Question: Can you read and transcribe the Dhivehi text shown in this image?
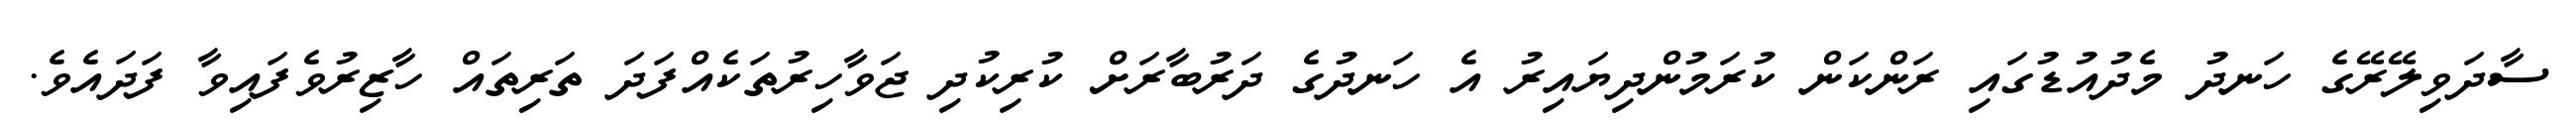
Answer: ސާދަވިލޭރޭގެ ހަނދު މެދުއުޑުގައި ރަންކަން ކުރަމުންދިޔައިރު އެ ހަނދުގެ ދަރުބާރަށް ކުރިކުދި ޖަވާހިރުތަކެއްފަދަ ތަރިތައް ހާޒިރުވެފައިވާ ފަދައެވެ.